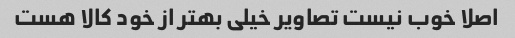
اصلا خوب نیست تصاویر خیلی بهتر از خود کالا هست